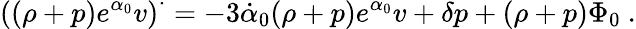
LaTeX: \left((\rho+p)e^{\alpha_{0}}v\right)^{\cdot}=-3\dot{\alpha}_{0}(\rho+p)e^{\alpha_{0}}v+\delta p+(\rho+p)\Phi_{0}\ .